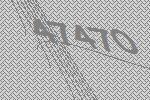
47470